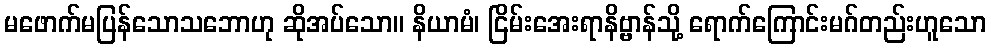
မဖောက်မပြန်သောသဘောဟု ဆိုအပ်သော။ နိယာမံ၊ ငြိမ်းအေးရာနိဗ္ဗာန်သို့ ရောက်ကြောင်းမဂ်တည်းဟူသော